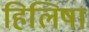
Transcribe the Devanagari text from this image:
हिलिषा